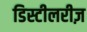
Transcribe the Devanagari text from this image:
डिस्टीलरीज़